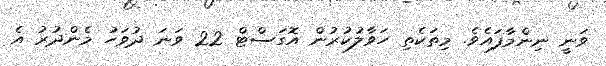
ވަނީ ނިންމާފައެވެ. މިތަކެތި ހަވާލުކުރުން އޮގަސްޓް 22 ވަނަ ދުވަހު މެންދުރު އެ